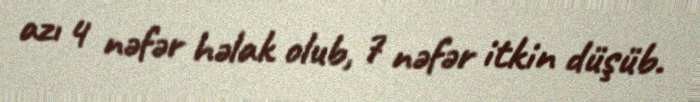
azı 4 nəfər həlak olub, 7 nəfər itkin düşüb.